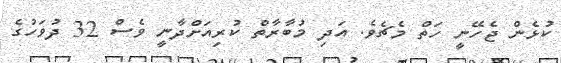
ކުޅެން ޖެހޭނީ ހަތް މެޗެވެ. އަދި މުބާރާތް ކުރިއަށްދާނީ ވެސް 32 ދުވަހުގެ